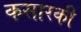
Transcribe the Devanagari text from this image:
कसारकी